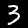
Digit: 3